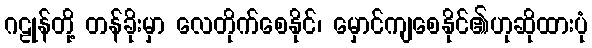
ဂဠုန်တို့ တန်ခိုးမှာ လေတိုက်စေနိုင်၊ မှောင်ကျစေနိုင်၏ဟုဆိုထားပုံ